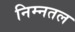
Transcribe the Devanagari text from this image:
निम्नतल